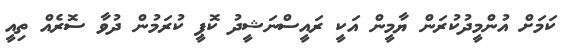
ކަމަށް އުންމީދުކުރަން ޔާމީން އަކީ ރައީސްނަޝީދު ކޮޕީ ކުރަމުން ދުވާ ސޮރެއް ތިއީ